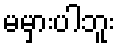
မမှားပါဘူး